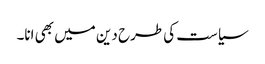
سیاست کی طرح دین میں بھی انا۔